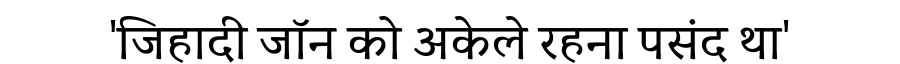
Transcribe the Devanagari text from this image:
'जिहादी जॉन को अकेले रहना पसंद था'